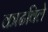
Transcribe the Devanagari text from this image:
काढविले